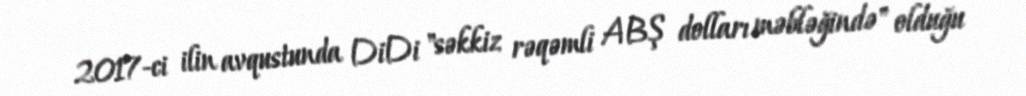
2017-ci ilin avqustunda DiDi "səkkiz rəqəmli ABŞ dolları məbləğində" olduğu